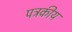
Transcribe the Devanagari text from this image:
पत्रकीय